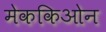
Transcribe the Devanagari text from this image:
मेककिओन